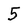
Character: 5